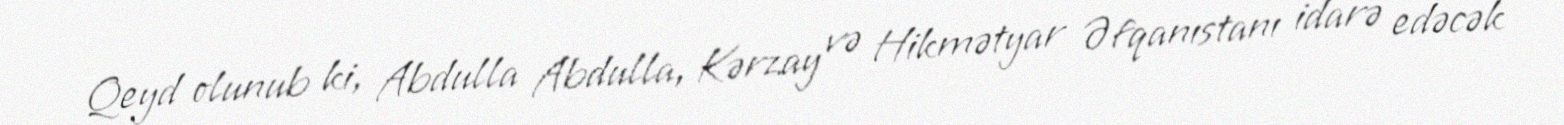
Qeyd olunub ki, Abdulla Abdulla, Kərzay və Hikmətyar Əfqanıstanı idarə edəcək